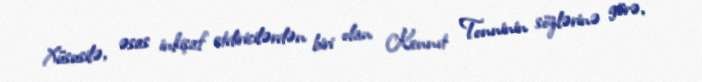
Xüsusilə, əsas inkişaf etdiricilərdən biri olan Kennıt Tonninin sözlərinə görə,